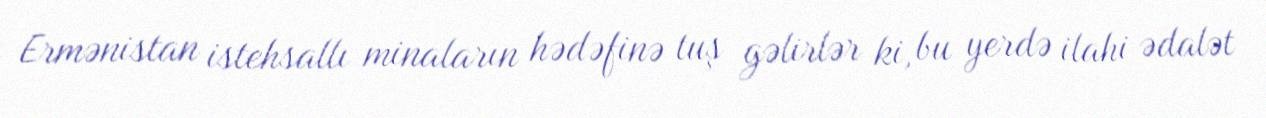
Ermənistan istehsallı minaların hədəfinə tuş gəlirlər ki, bu yerdə ilahi ədalət